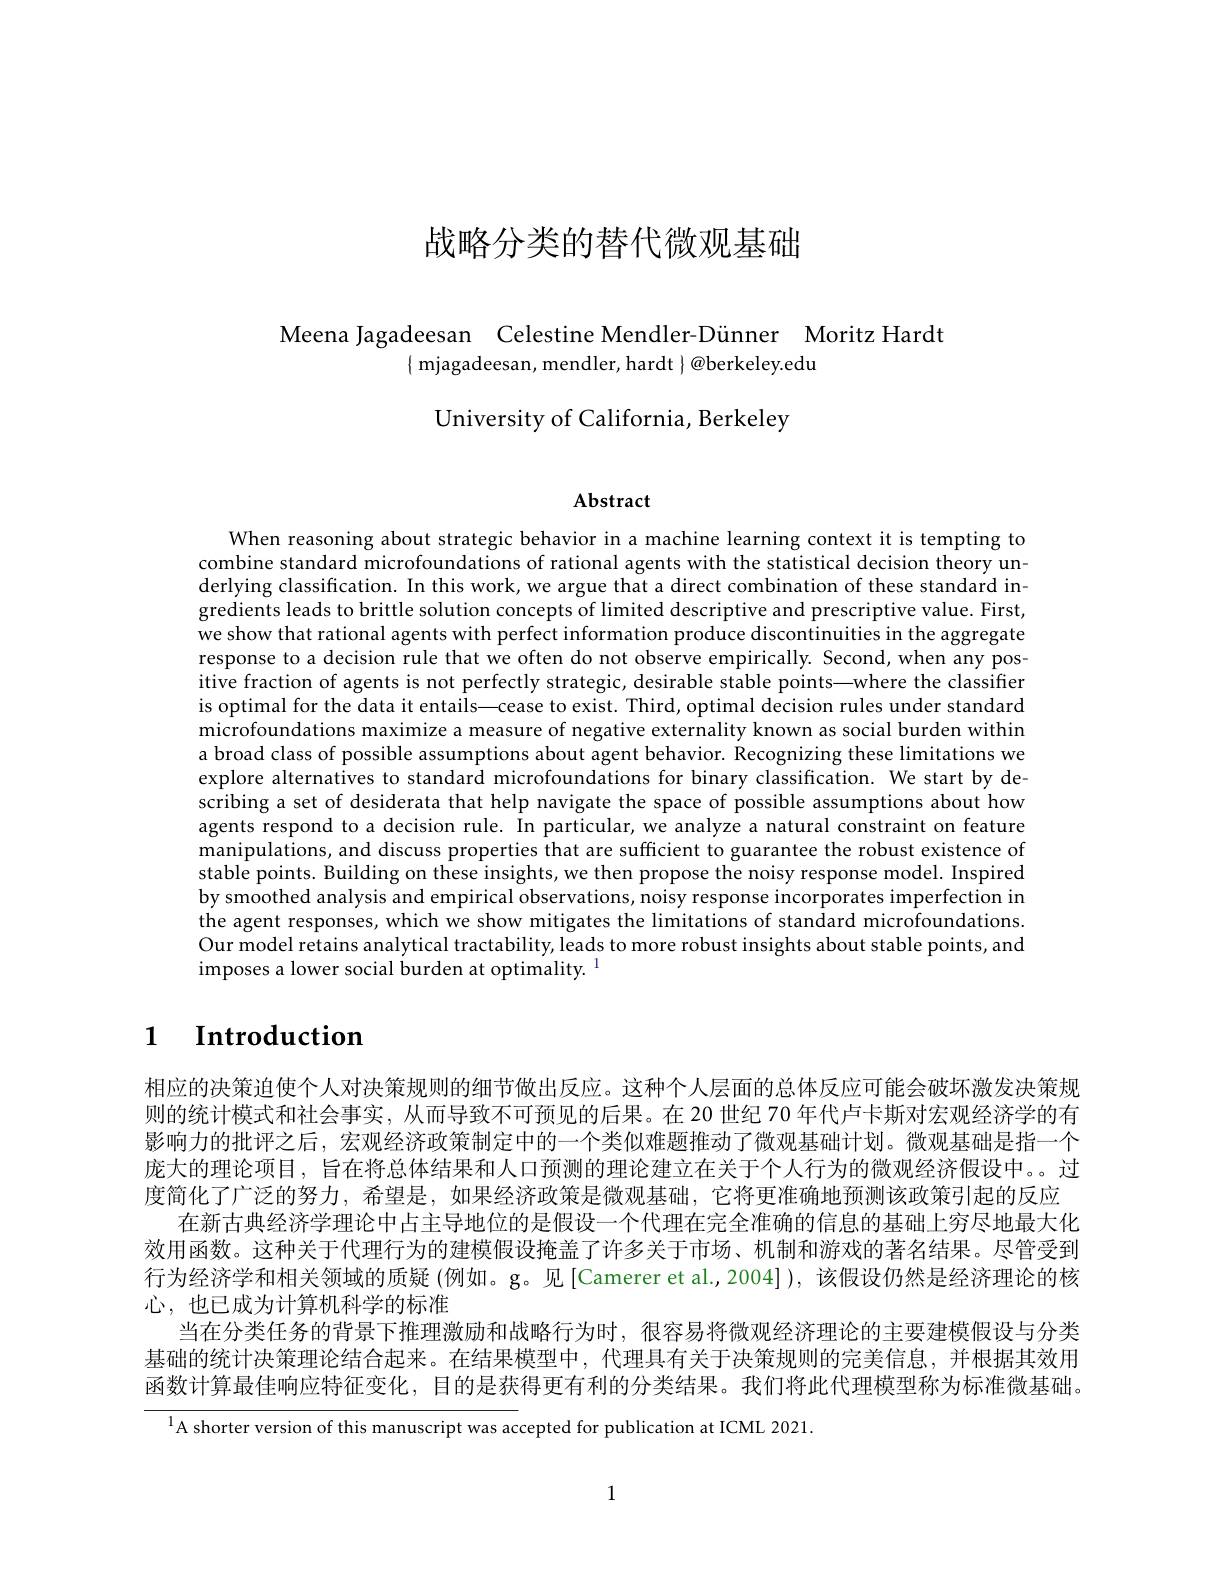
# 战略分类的替代微观基础

Meena Jagadeesan Celestine Mendler-Dünner Moritz Hardt
$\{$ mjagadeesan, mendler, hardt $\}@$berkeley.edu

University of California, Berkeley

Abstract

When reasoning about strategic behavior in a machine learning context it is tempting to combine standard microfoundations of rational agents with the statistical decision theory underlying classification. In this work, we argue that a direct combination of these standard ingredients leads to brittle solution concepts of limited descriptive and prescriptive value. First, we show that rational agents with perfect information produce discontinuities in the aggregate response to a decision rule that we often do not observe empirically. Second, when any positive fraction of agents is not perfectly strategic, desirable stable points—where the classifier is optimal for the data it entails—cease to exist. Third, optimal decision rules under standard microfoundations maximize a measure of negative externality known as social burden within a broad class of possible assumptions about agent behavior. Recognizing these limitations we explore alternatives to standard microfoundations for binary classification. We start by describing a set of desiderata that help navigate the space of possible assumptions about how agents respond to a decision rule. In particular, we analyze a natural constraint on feature manipulations, and discuss properties that are sufficient to guarantee the robust existence of stable points. Building on these insights, we then propose the noisy response model. Inspired by smoothed analysis and empirical observations, noisy response incorporates imperfection in the agent responses, which we show mitigates the limitations of standard microfoundations. Our model retains analytical tractability, leads to more robust insights about stable points, and imposes a lower social burden at optimality.

## 1 $\textbf{Introduction}$

相应的决策迫使个人对决策规则的细节做出反应。这种个人层面的总体反应可能会破坏激发决策规则的统计模式和社会事实，从而导致不可预见的后果。在 20 世纪 70 年代卢卡斯对宏观经济学的有影响力的批评之后，宏观经济政策制定中的一个类似难题推动了微观基础计划。微观基础是指一个庞大的理论项目，旨在将总体结果和人口预测的理论建立在关于个人行为的微观经济假设中。。过度简化了广泛的努力，希望是，如果经济政策是微观基础，它将更准确地预测该政策引起的反应
在新古典经济学理论中占主导地位的是假设一个代理在完全准确的信息的基础上穷尽地最大化效用函数。这种关于代理行为的建模假设掩盖了许多关于市场、机制和游戏的著名结果。尽管受到行为经济学和相关领域的质疑(例如。g。见[Camerer et al.,2004]),该假设仍然是经济理论的核心，也已成为计算机科学的标准
当在分类任务的背景下推理激励和战略行为时，很容易将微观经济理论的主要建模假设与分类基础的统计决策理论结合起来。在结果模型中，代理具有关于决策规则的完美信息，并根据其效用函数计算最佳响应特征变化，目的是获得更有利的分类结果。我们将此代理模型称为标准微基础。

$^{1}$A shorter version of this manuscript was accepted for publication at ICML 2021.

1